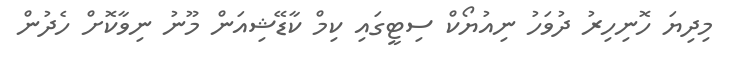
މިދިޔަ ހޮނިހިރު ދުވަހު ނިއުޔޯކް ސިޓީގައި ކިމް ކާޑޭޝިއަން މޫނު ނިވާކޮށް ހެދުން